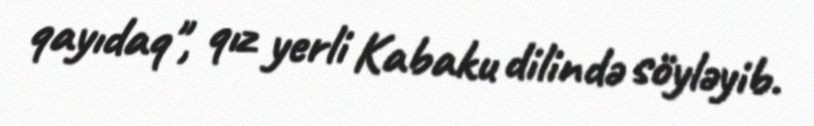
qayıdaq", qız yerli Kabaku dilində söyləyib.